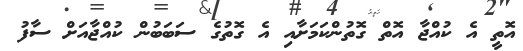
އޮތީ އެ ކުއްޖާ އޮތް ގޮތުންކަމަށާއި އެ ގޮތުގެ ސަބަބުން ކުއްޖާއަށް ސާފު